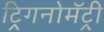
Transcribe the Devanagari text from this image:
ट्रिगनोमॅट्री